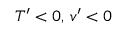
{ T } ^ { \prime } < 0 , \, { v } ^ { \prime } < 0